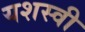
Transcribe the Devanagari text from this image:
यशस्‍वी